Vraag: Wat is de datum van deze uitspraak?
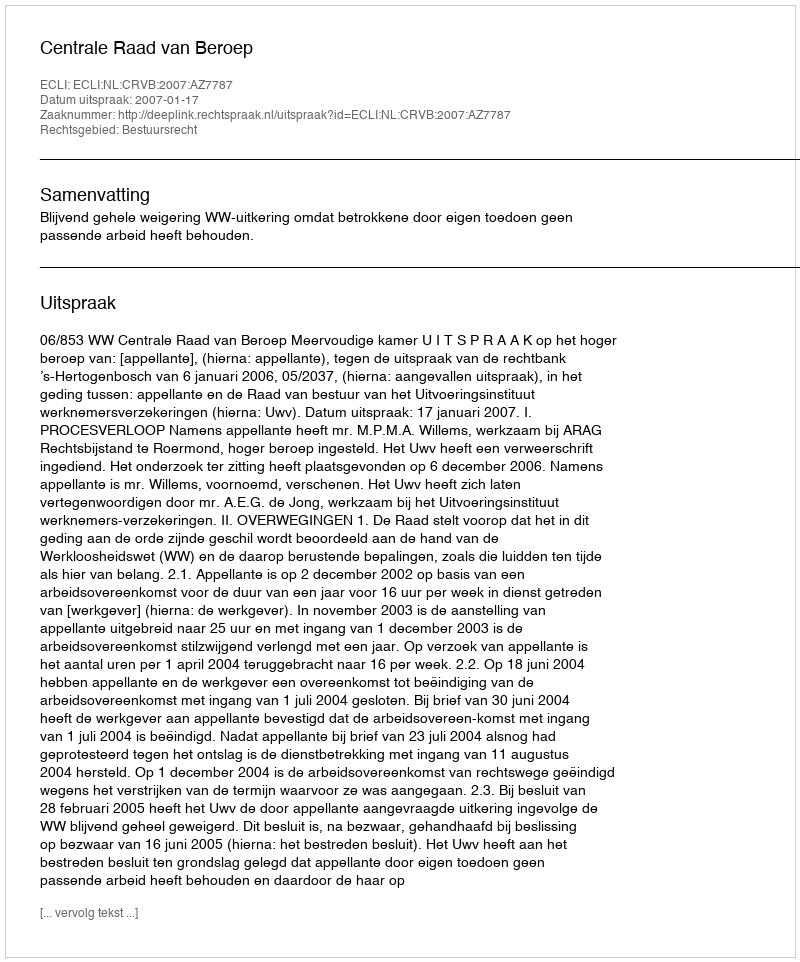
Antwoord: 2007-01-17